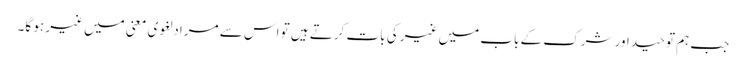
جب ہم توحید اور شرک کے باب میں غیر کی بات کرتے ہیں تو اس سے مراد لغوی معنی میں غیر ہو گا۔